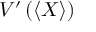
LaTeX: V ^ { \prime } \left( \left\langle X \right\rangle \right)